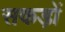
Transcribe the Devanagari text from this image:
सकड़ों